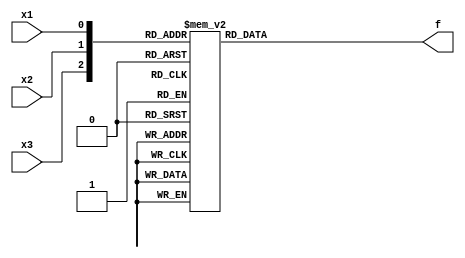
module top_module( 
    input x3,
    input x2,
    input x1,  // three inputs
    output reg f   // one output
);
    always@*
        begin
    	case({x3,x2,x1})
                3'b000: f=1'b0;
                3'b001: f=1'b0;
                3'b010: f=1'b1;
                3'b011: f=1'b1;
                3'b100: f=1'b0;
                3'b101: f=1'b1;
                3'b110: f=1'b0;
                3'b111: f=1'b1;
                default: begin end
          
        endcase
        end
        
endmodule
module top_module (
	input x3,
	input x2,
	input x1,
	output f
);
	// This truth table has four minterms. 
	assign f = ( ~x3 & x2 & ~x1 ) | 
				( ~x3 & x2 & x1 ) |
				( x3 & ~x2 & x1 ) |
				( x3 & x2 & x1 ) ;
				
	// It can be simplified, by boolean algebra or Karnaugh maps.
	// assign f = (~x3 & x2) | (x3 & x1);
	
	// You may then notice that this is actually a 2-to-1 mux, selected by x3:
	// assign f = x3 ? x1 : x2;
	
endmodule